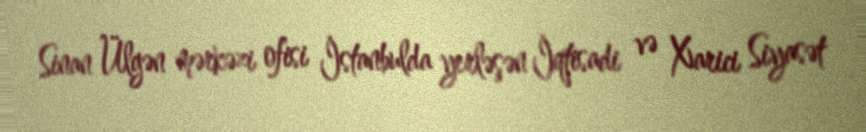
Sinan Ülgən mərkəzi ofisi İstanbulda yerləşən İqtisadi və Xarici Siyasət